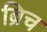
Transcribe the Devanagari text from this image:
ब्रिच